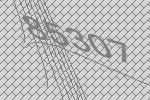
85307